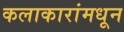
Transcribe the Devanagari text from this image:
कलाकारांमधून